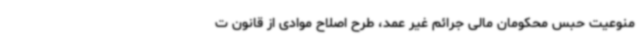
منوعیت حبس محکومان مالی جرائم غیر عمد، طرح اصلاح موادی از قانون ت